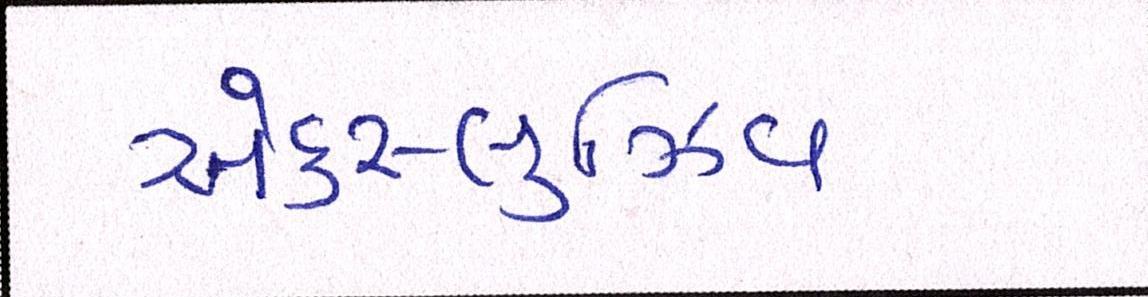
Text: એક્સ્લુઝિવ